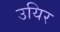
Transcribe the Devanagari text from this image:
उयिर